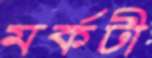
মর্কটী